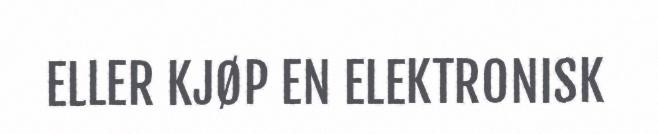
ELLER KJØP EN ELEKTRONISK